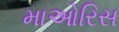
માઓરિસ